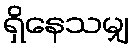
ရှိနေသမျှ